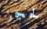
لحجز